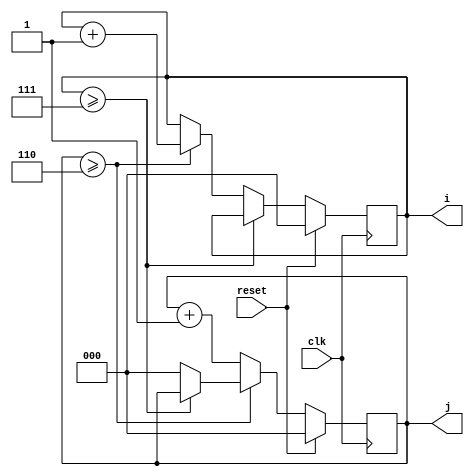
module Loopij_0_7(reset,clk,i,j);
input clk, reset;
output [2:0] i,j;
reg [2:0] i,j;
wire [2:0] ni,nj;

always@(posedge clk)
 begin
  if(reset)
   begin
    i<=0;
    j<=0;
   end
  else
   begin
	 i<=ni;
	 j<=nj;
	end 
 end
 
assign ni=(i>=7)?i:(j>=6)?i+1:i;
assign nj=(j>=6)?(i>=7)?j:4'd0:j+1;

endmodule